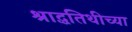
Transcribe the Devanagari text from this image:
श्राद्धतिथीच्या